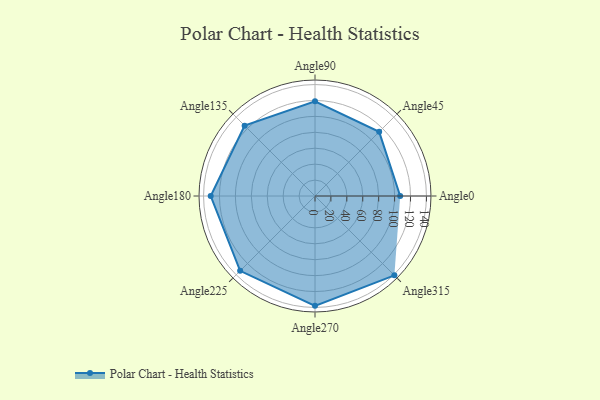
{"axis": {"x": "Angle", "y": "Radius"}, "legend": [""], "data": [{"x": "Angle0", "y": 107.0, "type": ""}, {"x": "Angle45", "y": 114.0, "type": ""}, {"x": "Angle90", "y": 119.0, "type": ""}, {"x": "Angle135", "y": 125.0, "type": ""}, {"x": "Angle180", "y": 131.0, "type": ""}, {"x": "Angle225", "y": 133.0, "type": ""}, {"x": "Angle270", "y": 138.0, "type": ""}, {"x": "Angle315", "y": 141.0, "type": ""}]}